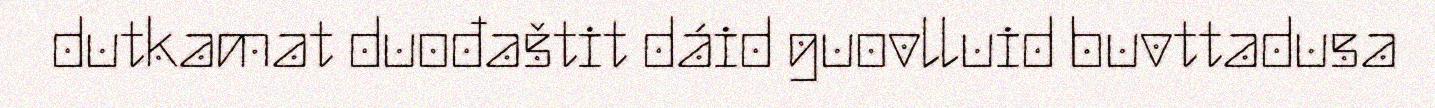
dutkamat duođaštit dáid guovlluid buvttadusa